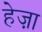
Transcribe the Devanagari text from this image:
हेज़ा